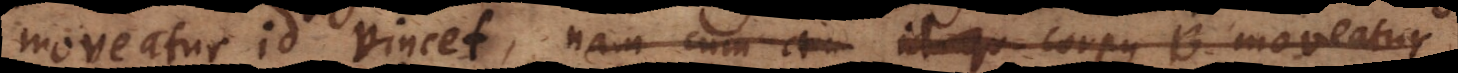
moveatur id vincet, nam cum am id qu corpus B moveatur